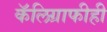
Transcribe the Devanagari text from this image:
कॅलिग्राफीही